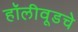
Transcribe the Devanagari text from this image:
हॉलीवूडचे